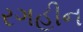
રગહીન